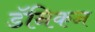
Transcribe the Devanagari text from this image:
डॅनिकन